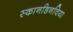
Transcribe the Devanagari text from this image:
स्कानडिनविया